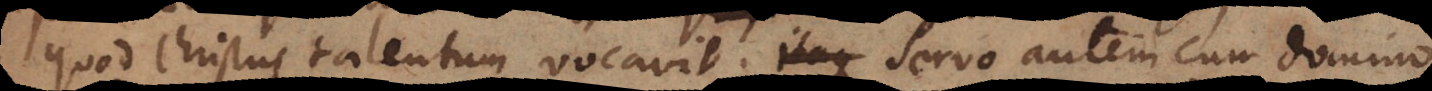
quod Christus talentum vocavit. Servo autem cum domino